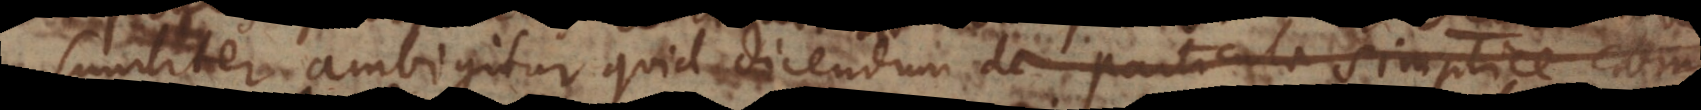
similiter ambigitur quid dicendum de particula simplice com